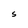
Character: S